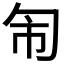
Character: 𭅈